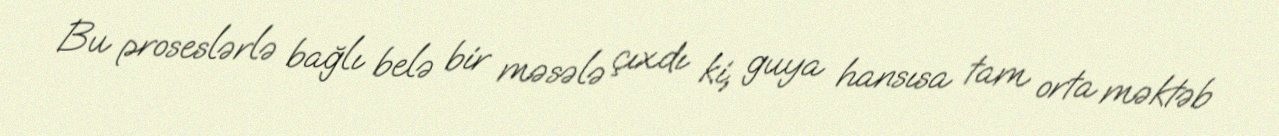
Bu proseslərlə bağlı belə bir məsələ çıxdı ki, guya hansısa tam orta məktəb